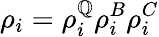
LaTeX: \rho_{i}=\rho_{i}^{\mathbb{Q}}\rho_{i}^{B}\rho_{i}^{C}